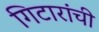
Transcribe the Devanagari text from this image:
गिटारांची